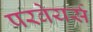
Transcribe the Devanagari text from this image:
परवेयर्स